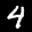
Label: 4